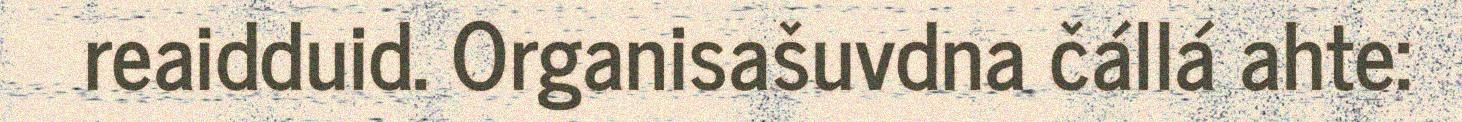
reaidduid. Organisašuvdna čállá ahte: